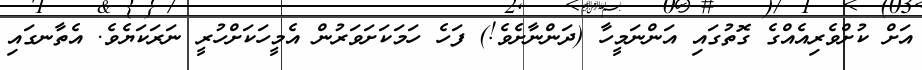
އަށް ކުށްވެރިއެއްގެ ގޮތުގައި އަންނަމީހާ (ދަންނާށެވެ!) ފަހެ ހަމަކަށަވަރުން އެމީހަކަށްހުރީ ނަރަކަޔެވެ. އެތާނގައި